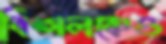
বিঙ্গলকেও